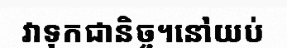
វាទុកជានិច្ច។នៅយប់